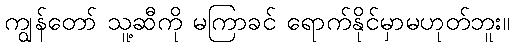
ကျွန်တော် သူ့ဆီကို မကြာခင် ရောက်နိုင်မှာမဟုတ်ဘူး။